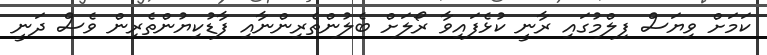
ކަމަށް ވިޔަސް ފިލްމުގައި ރާނީ ކުޅެފައިވާ ރޯލަށް ބެލުންތެރިންނާއި ފާޑުކިޔުންތެރިން ވެސް ދަނީ